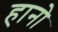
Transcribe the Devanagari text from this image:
हानो